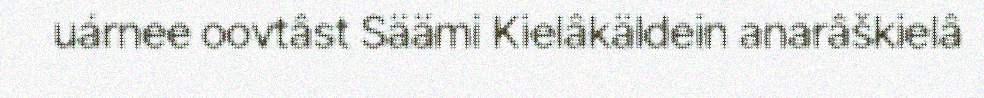
uárnee oovtâst Säämi Kielâkäldein anarâškielâ